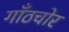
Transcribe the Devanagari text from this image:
गाँठचोर